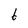
Character: 6